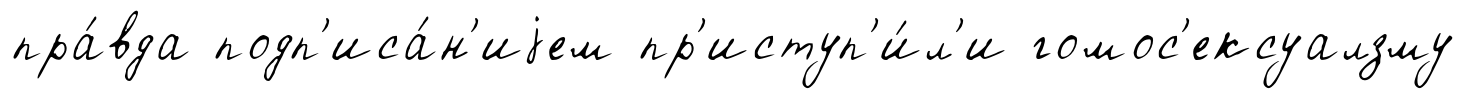
пра́вда подп'иса́н'иjем пр'иступ'и́л'и гомос'ексуалзму